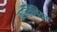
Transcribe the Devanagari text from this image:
कान्सिलियम